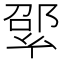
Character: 𢇊